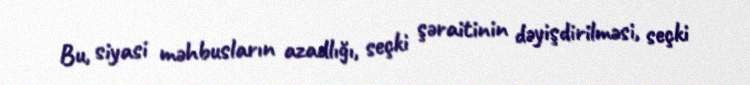
Bu, siyasi məhbusların azadlığı, seçki şəraitinin dəyişdirilməsi, seçki